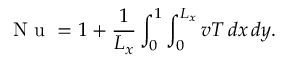
\mathrm { ~ N ~ u ~ } = 1 + \frac { 1 } { L _ { x } } \int _ { 0 } ^ { 1 } \int _ { 0 } ^ { L _ { x } } v T \, d x \, d y .